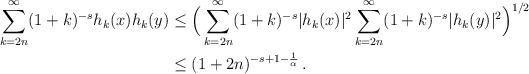
LaTeX: \begin{align*}\sum_{k=2n}^\infty (1+k)^{-s}h_{k}(x)h_{k}(y) & \leq \Big(\sum_{k=2n}^\infty (1+k)^{-s}|h_{k}(x)|^2 \sum_{k=2n}^\infty (1+k)^{-s}|h_{k}(y)|^2\Big)^{1/2}\\&\leq (1+2n)^{-s+1-\frac{1}{\alpha}} \, .\end{align*}